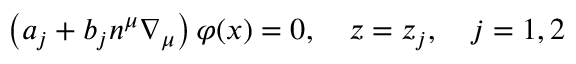
\left( a _ { j } + b _ { j } n ^ { \mu } \nabla _ { \mu } \right) \varphi ( x ) = 0 , \quad z = z _ { j } , \quad j = 1 , 2